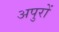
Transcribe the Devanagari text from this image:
अपुरों